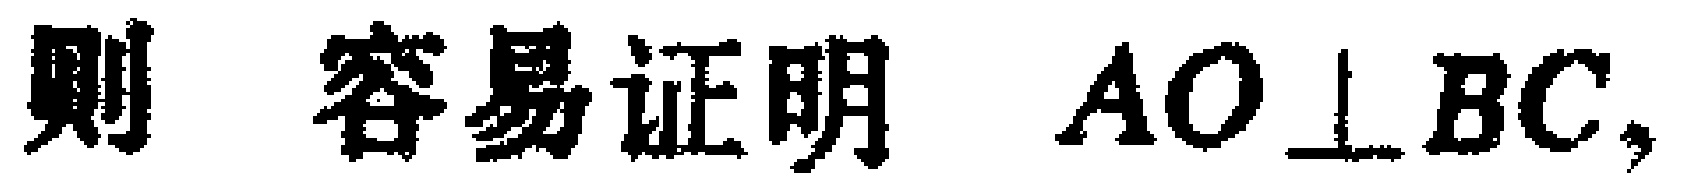
则 容易证明 $AO\perp BC,$